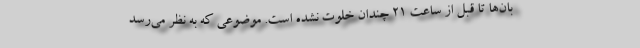
بان‌ها تا قبل از ساعت ۲۱ چندان خلوت نشده است. موضوعی که به نظر می‌رسد